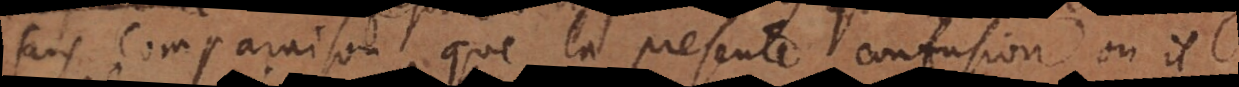
ans comparaison que la presente confusion, où il